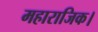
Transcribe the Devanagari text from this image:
महाराजिक।